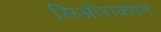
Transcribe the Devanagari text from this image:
सिओराक्सन